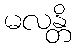
မလန္တိ